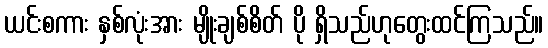
ယင်းစကား နှစ်လုံးအား မျိုးချစ်စိတ် ပို ရှိသည်ဟုတွေးထင်ကြသည်။